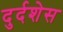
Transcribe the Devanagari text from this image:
दुर्दशेस